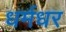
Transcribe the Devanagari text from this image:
धर्मधर